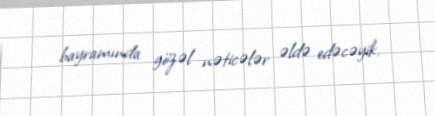
bayramında gözəl nəticələr əldə edəcəyik.